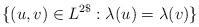
LaTeX: \begin{align*}\{(u, v) \in L^{2\$}: \lambda (u) = \lambda (v)\}\end{align*}